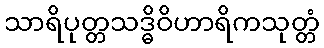
သာရိပုတ္တသဒ္ဓိဝိဟာရိကသုတ္တံ